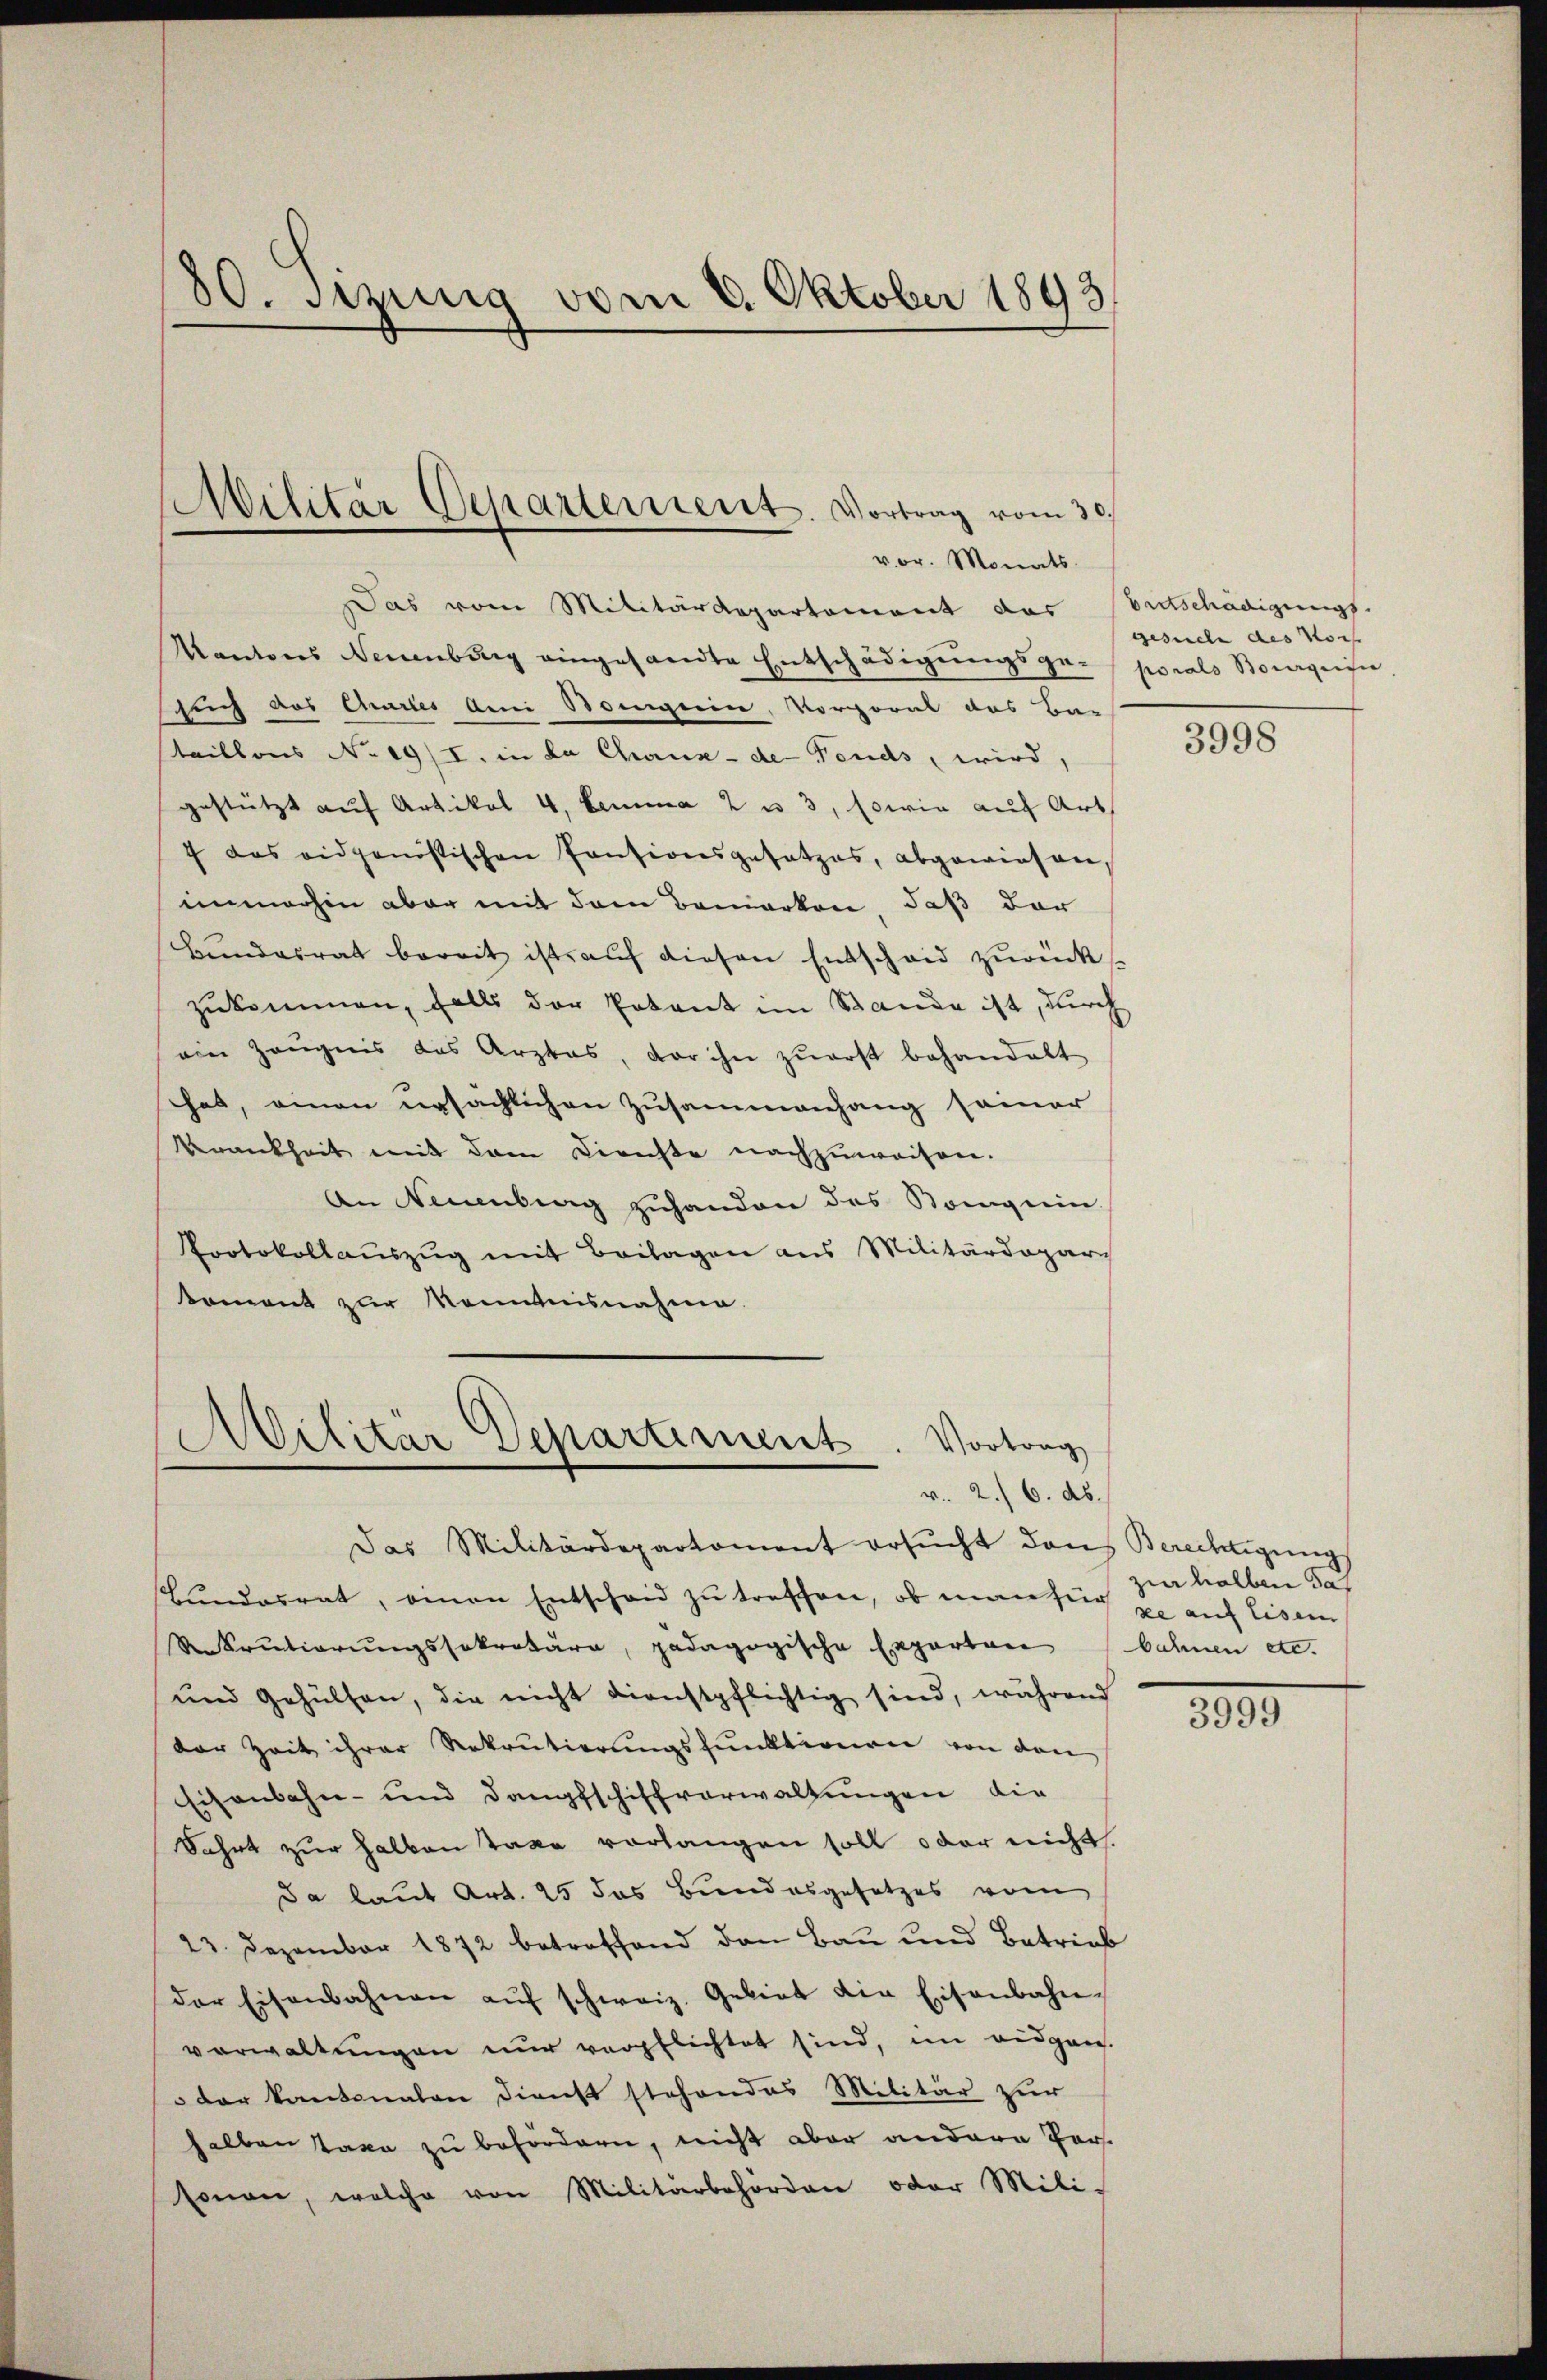
Das vom Militärdepartement das entschädigungs-
Kantons Neuenburg eingesandte Entschädigŭngsge-porals Borgnis,
such des Challes am Somgein, Vorporat das Ba-
taillons No 19/I. in da Chaux-de-Fonds, wird,
gestützt auf Artikal 4, Lemma 2 u 3, sowie auf Art.
7 das eidgenostischen Consionsgesetzes, abgewiesen,
unmorhin aber mit dem Bemerken, daß der
Bŭndesrat bereit ist aŭf diesen Entscheid zurücks
zukommen, falls der Potant im Stande ist, durch
ein Zeugnis das Arztas, der ihn zŭerst behandelt
hat, einen ursachlichen Zusammenhang seiner
Verankheit mit dem Dienste nachzuweisen.
An Neuenburg zuhanden das Konguin
Protokollauszug mit Beilagen aus Militärdepari
koment zur Kenntnisnahme.

30. Sitzung vom 8. Oktober 1893

Militär Departement. Vortrag vom 30.
vor. Monats

Militär Departiment. Vortrag
v. 2. 6. ab.
Das Militärdepartoment ersŭcht dans Berechtigung

Bundesrat, einen Entscheid zu treffen, ob man sich ja auf Eisen
Rekrutierungssekretäre, pädagogische Experten bahnen etc.
und Gehülfen, die nicht dienstpflichtig sind, während
der Zeit ihrer Rekrutierungsfunktionen von den
Eisenbahn- und Dampfschiffverwaltungen die
Fahrt zur halben Taxe vorlangen soll oder nicht.
Da laut Art. 25 das Bundesgesetzes vom
23. Dezember 1872 betreffend den Bau und Betrieb
der Eisenbahnen aŭf schweiz. Gebiet die Eisenbahn-
vorwaltungen nur verpflichtet sind, im eidgen.
der kantonalen Dienst stehendes Militär zur
selben Taxe zu befördern, nicht aber andere Parsonen, welche von Militärbehörden oder Mili-

gesuche des Vors

3998

zur halben das

3999